Bréfritari: Sigríður Pálsdóttir
Viðtakandi: Páll Pálsson
Dagsetning: A-1850-08-16
Skrifað á: Hraungerði  Árn.
Páll var bróðir Sigríðar

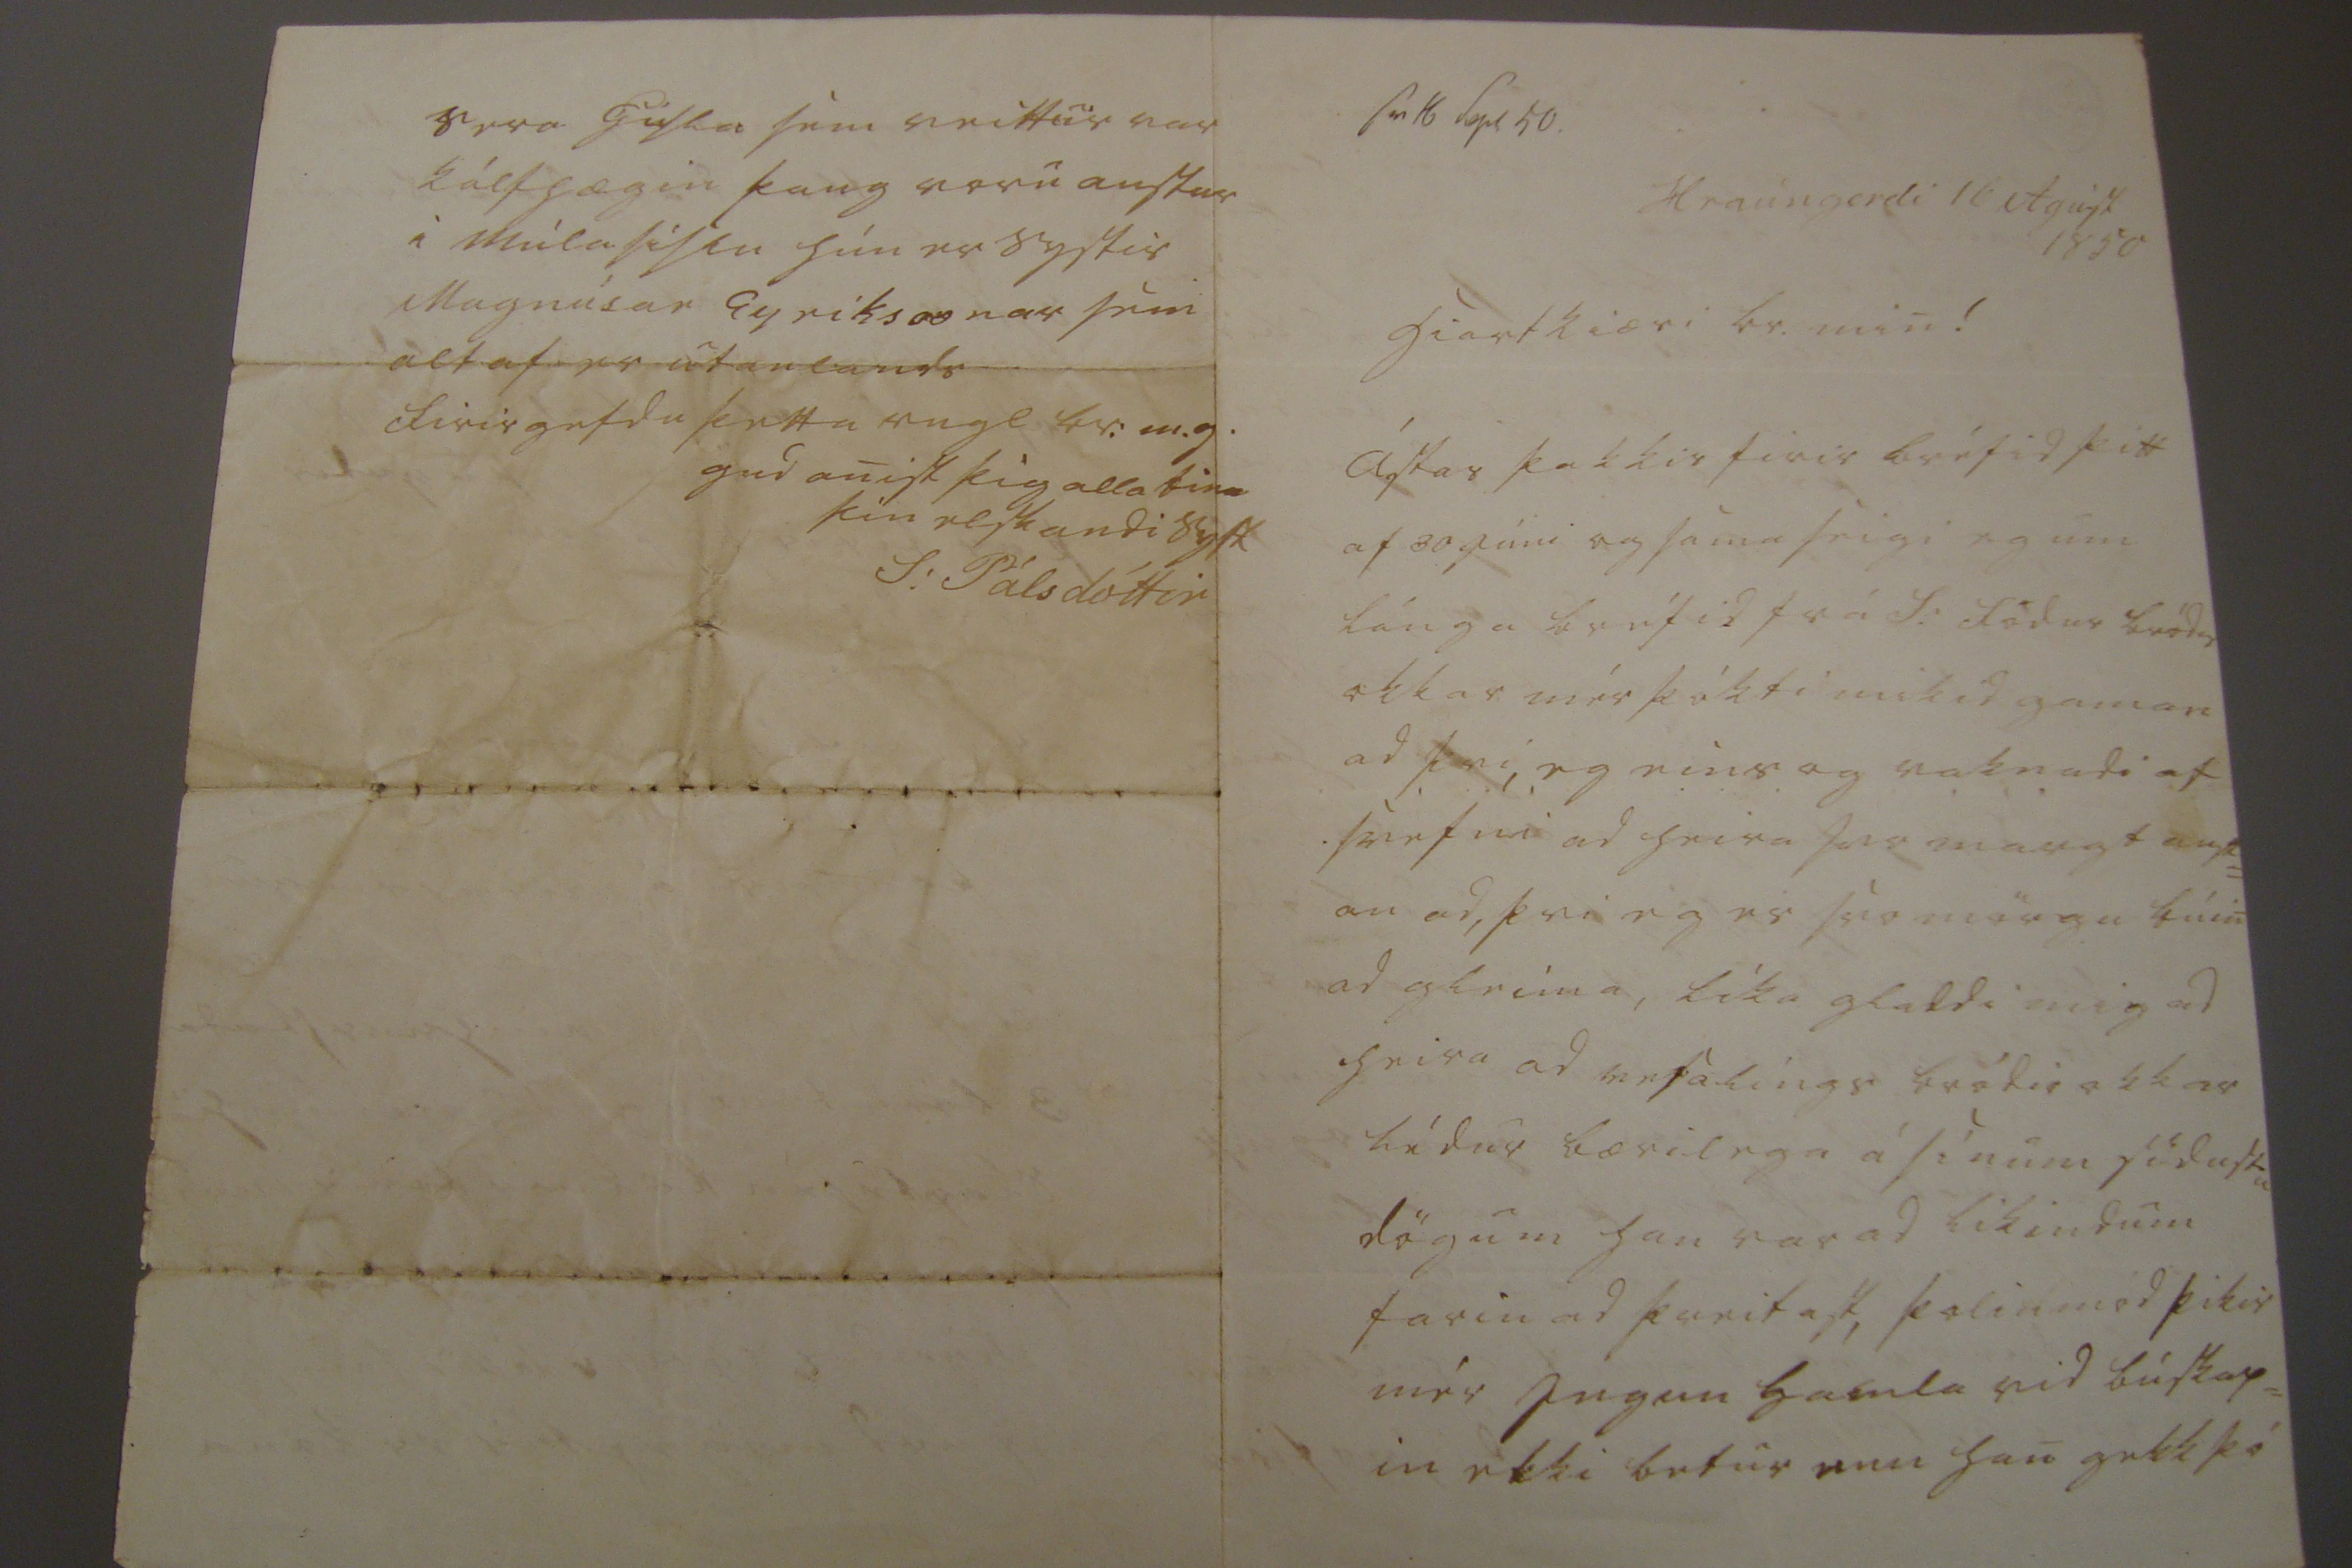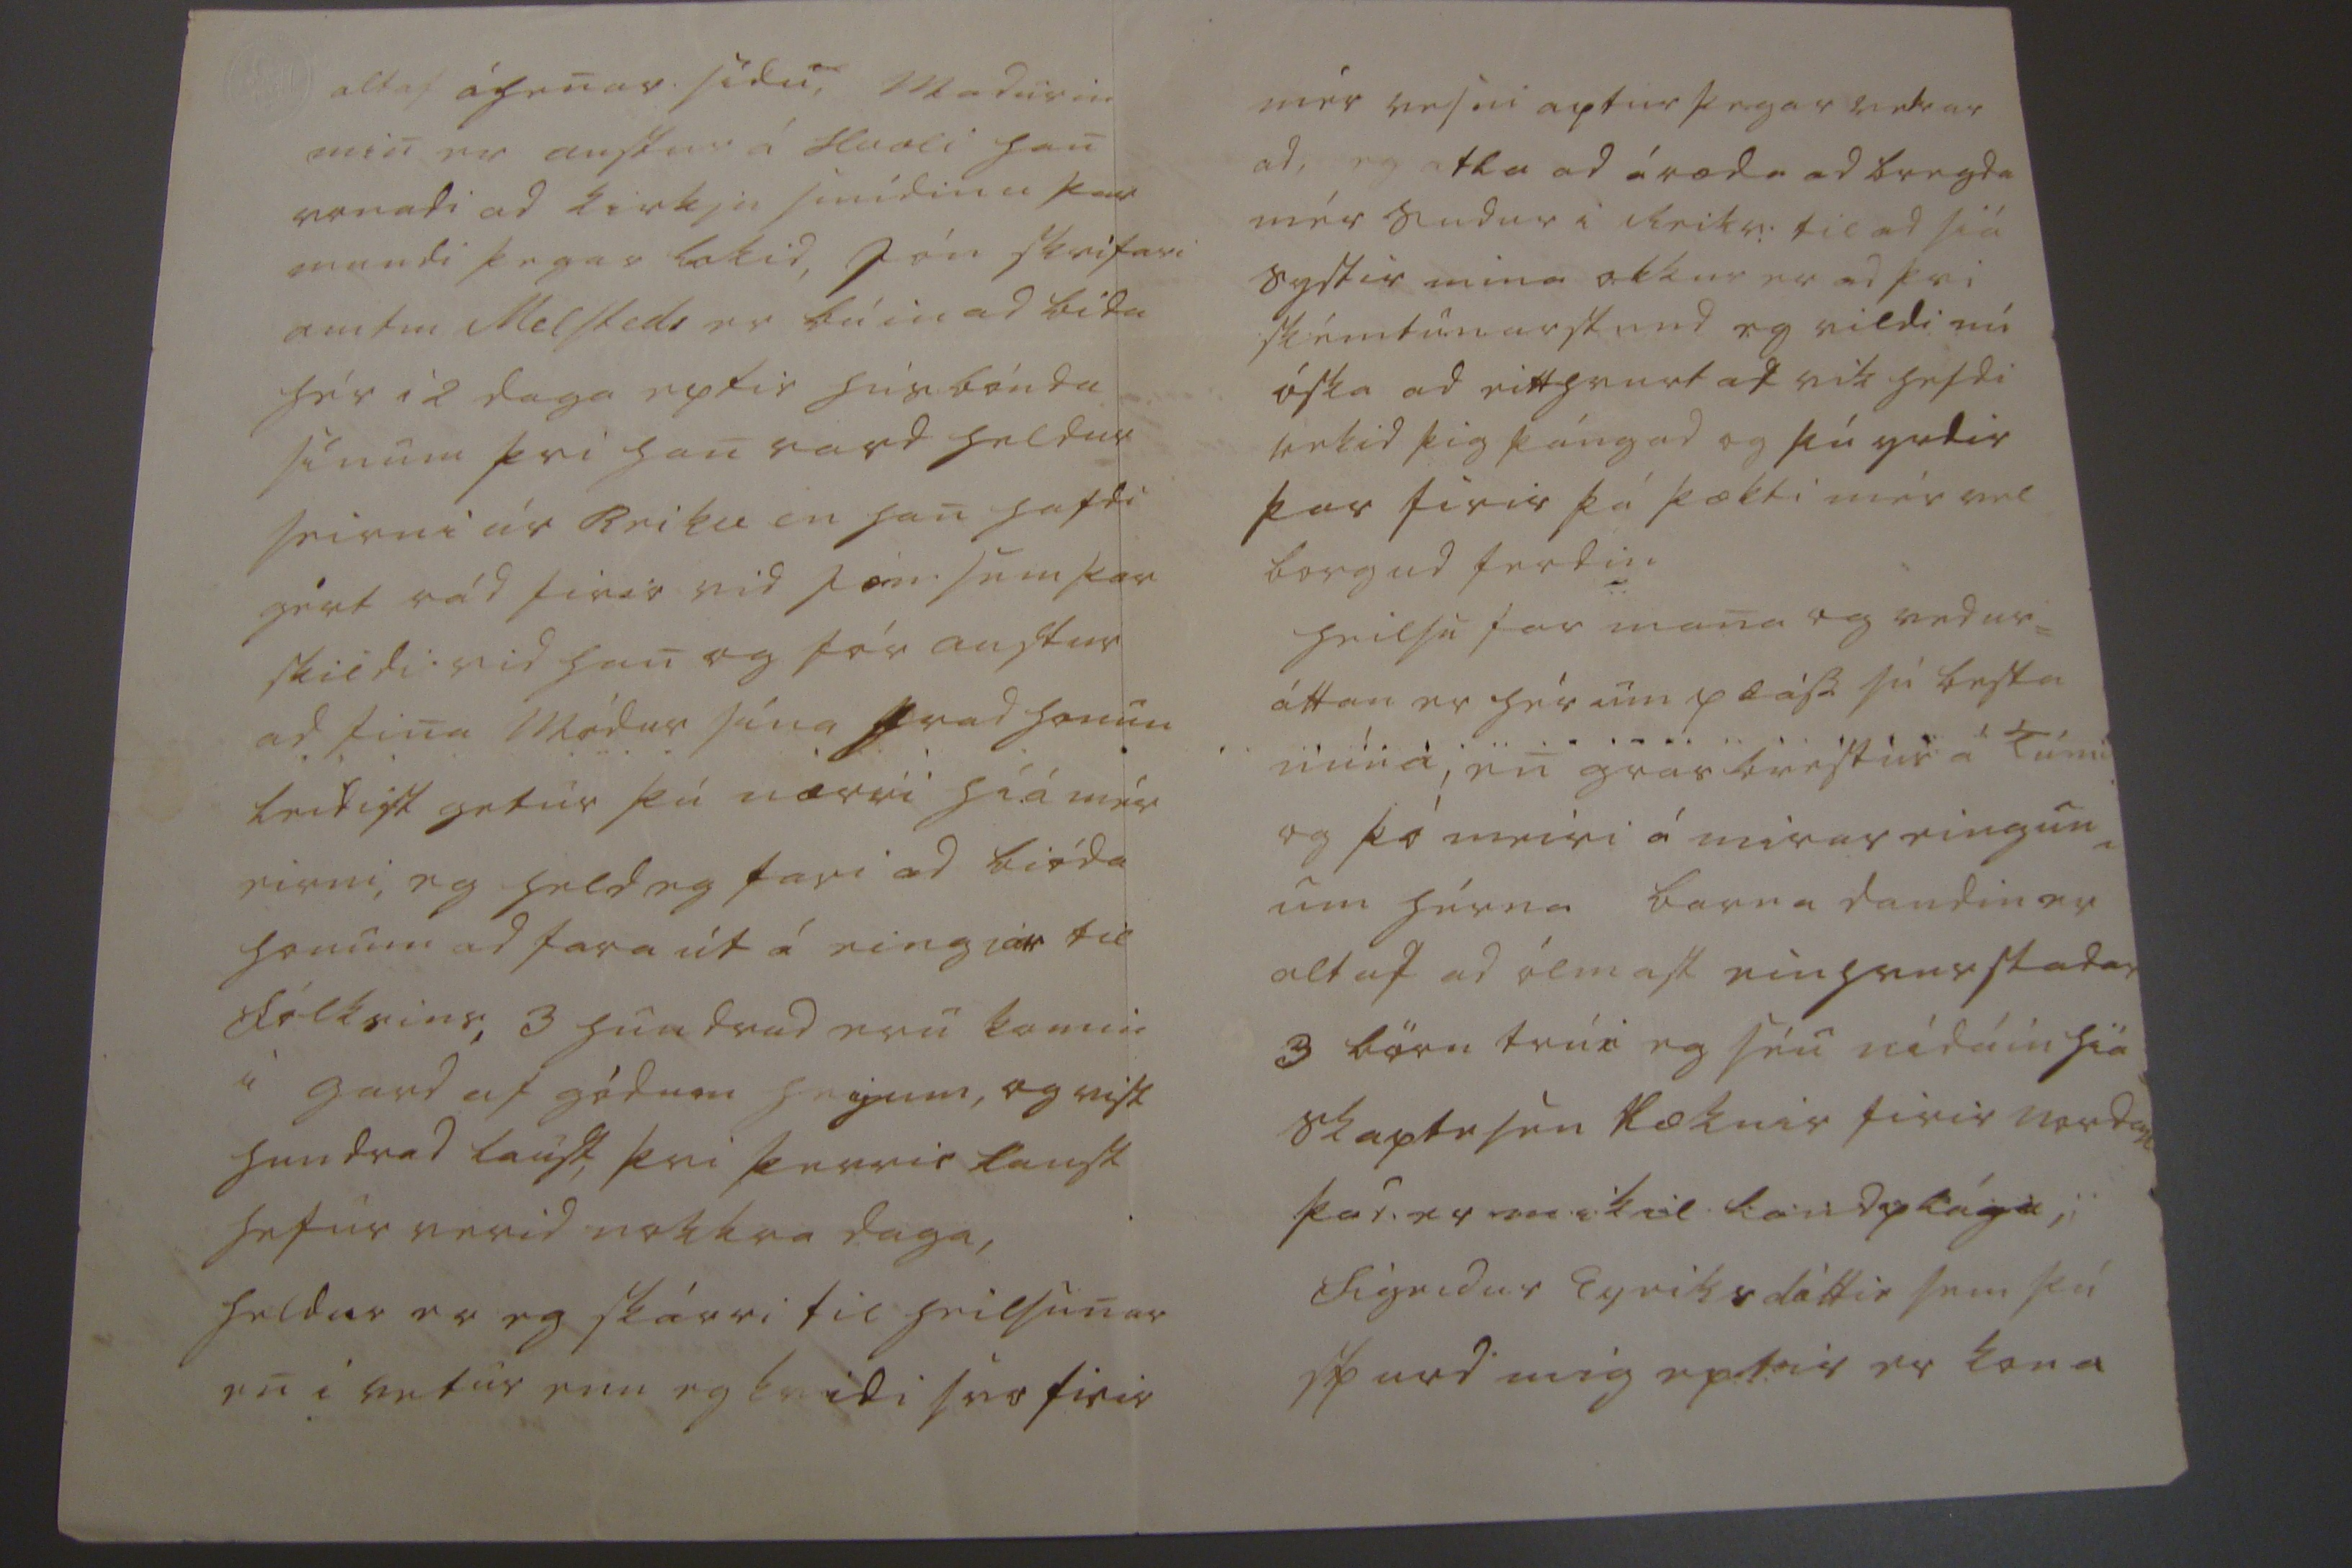

sv 16 Sept 50
Hraungerdi 16 Agúst 1850
hiartkiæri br. min!
Ástar þakkir firir bréfid þitt af 30 Júni og sama seigi eg um lánga bréfid frá S: födur bródir okkar mér þókti mikid gaman af þvi, eg eins og vaknadi af svefni ad heira svo margt aust= an ad, þvi eg er svo mörgu búin ad gleima, líka gladdi mig ad heira ad vesalings bródir okkar lídur bærilega á sínum sídustu dögum han var ad likindum farin ad þreitast, þolinmód þikir mér Ingun
Gamla
vid búskap= in ekki betur enn han gekk þó
altaf á henar sídu, Madurin min er austur á Hvoli han vonadi ad kirkju smídinn þar mundi þegar lokid, Jón skrifari amtm Melsteds er búin ad bída hér i 2 daga eptir húsbónda sínum þvi han vard heldur seirni úr Reikv en han hafdi gért rád firir vid Jón sem þar skildi vid han og fór austur ad fina Módur sína hvad honum leidist getur þú nærri hiá mér eirni, eg held eg fari ad bióda honum ad fara út á eingiar til fólksins, 3 hundrad eru komin i gard af gódum heyum, og vist hundrad laust, þvi þerris laust hefur verid nokkra daga, heldur er eg skárri til heilsunar en i vetur enn eg kvidi svo firir
mér vesni aptur þegar vetrar ad, eg atla ad áræda ad bregda mér sudur i Reikv: til ad siá systir mina okkur er ad þvi skémtunarstund eg vildi nú óska ad eitthvurt at vik hefdi rekid þig þángad og þú yrdir þar firir þá þækti mér vel borgud ferdin heilsufar mana og vedur= áttan er hér um pláss sú besta núna, en grasbrestur á Túni og þó meiri á mirareingun= um hérna barna daudin er altaf ad ólmast einhvur stadar 3 börn trúi eg séu nídáin hiá skaptesen ræknir firir nordan þar er mikil landplága, Sigridur Eyriksdóttir sem þú spurd mig eptir er kona
Sera Gisla sem veittur var kálfhægin þaug voru austur i Múlasíslu hún er systir Magnúsar Eyríksonar sem altaf er utanlands firirgefdu þetta rugl br:m.g. gud anist þig alla
tima
þín elskandi syst
S: Pálsdóttir